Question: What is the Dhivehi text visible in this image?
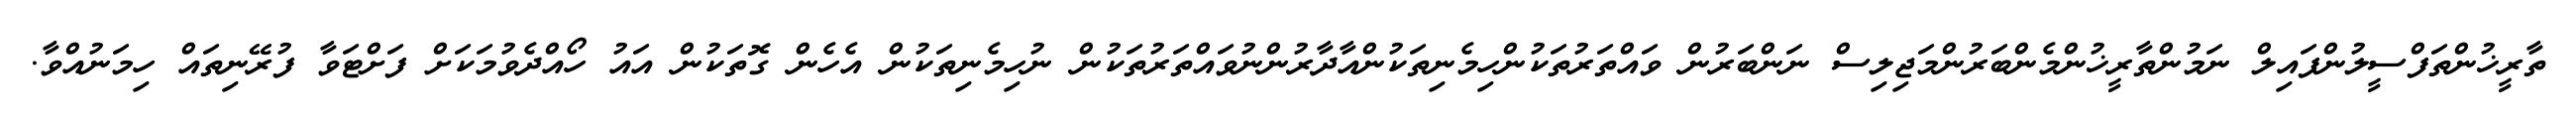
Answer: ތާރީޚުންތަފްސީލުންފައިލް ނަމުންތާރީޚުންމެންބަރުންމަޖިލިސް ނަންބަރުން ވައްތަރުތަކުންހިމެނިތަކުންއާދާރުންނުވައްތަރުތަކުން ނުހިމެނިތަކުން އެހެން ގޮތަކުން އައު ހޯއްދެވުމަކަށް ފަށްޓަވާ ފުރޭނިތައް ހިމަނުއްވާ.